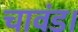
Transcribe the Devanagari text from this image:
चावंड।